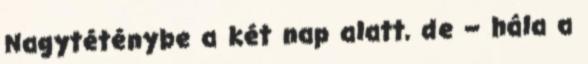
Nagytéténybe a két nap alatt, de – hála a